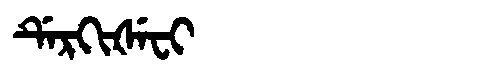
Manchu: ᡩᡝᡵᡴᡳᡧᡝᠸᡳ
Romanization: DERKIŠEFI